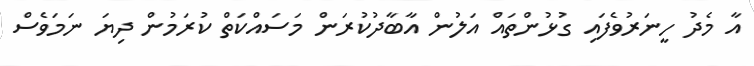
އާ މެދު ހީނަރުވެފައި ގުޅުންތައް އަލުން އާބާދުކުރަން މަސައްކަތް ކުރަމުން ދިޔަ ނަމަވެސް